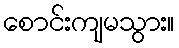
စောင်းကျမသွား။